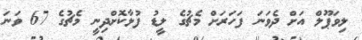
ލިވަޕޫލް އަށް ދެވަނަ ފަހަރަށް މެޗުގެ ލީޑު ފުޅާކޮށްދިނީ މެޗުގެ 67 ވަނަ